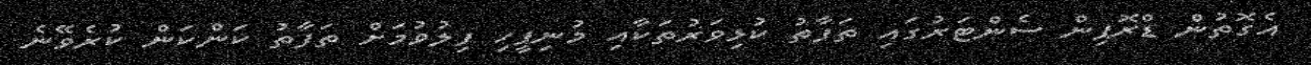
އެގޮތުން ޑްރޮޕިން ސެންޓަރުގައި ތަފާތު ކުޅިވަރުތަކާއި މުނިފީހި ފިލުވުމަށް ތަފާތު ކަންކަން ކުރެވޭނެ